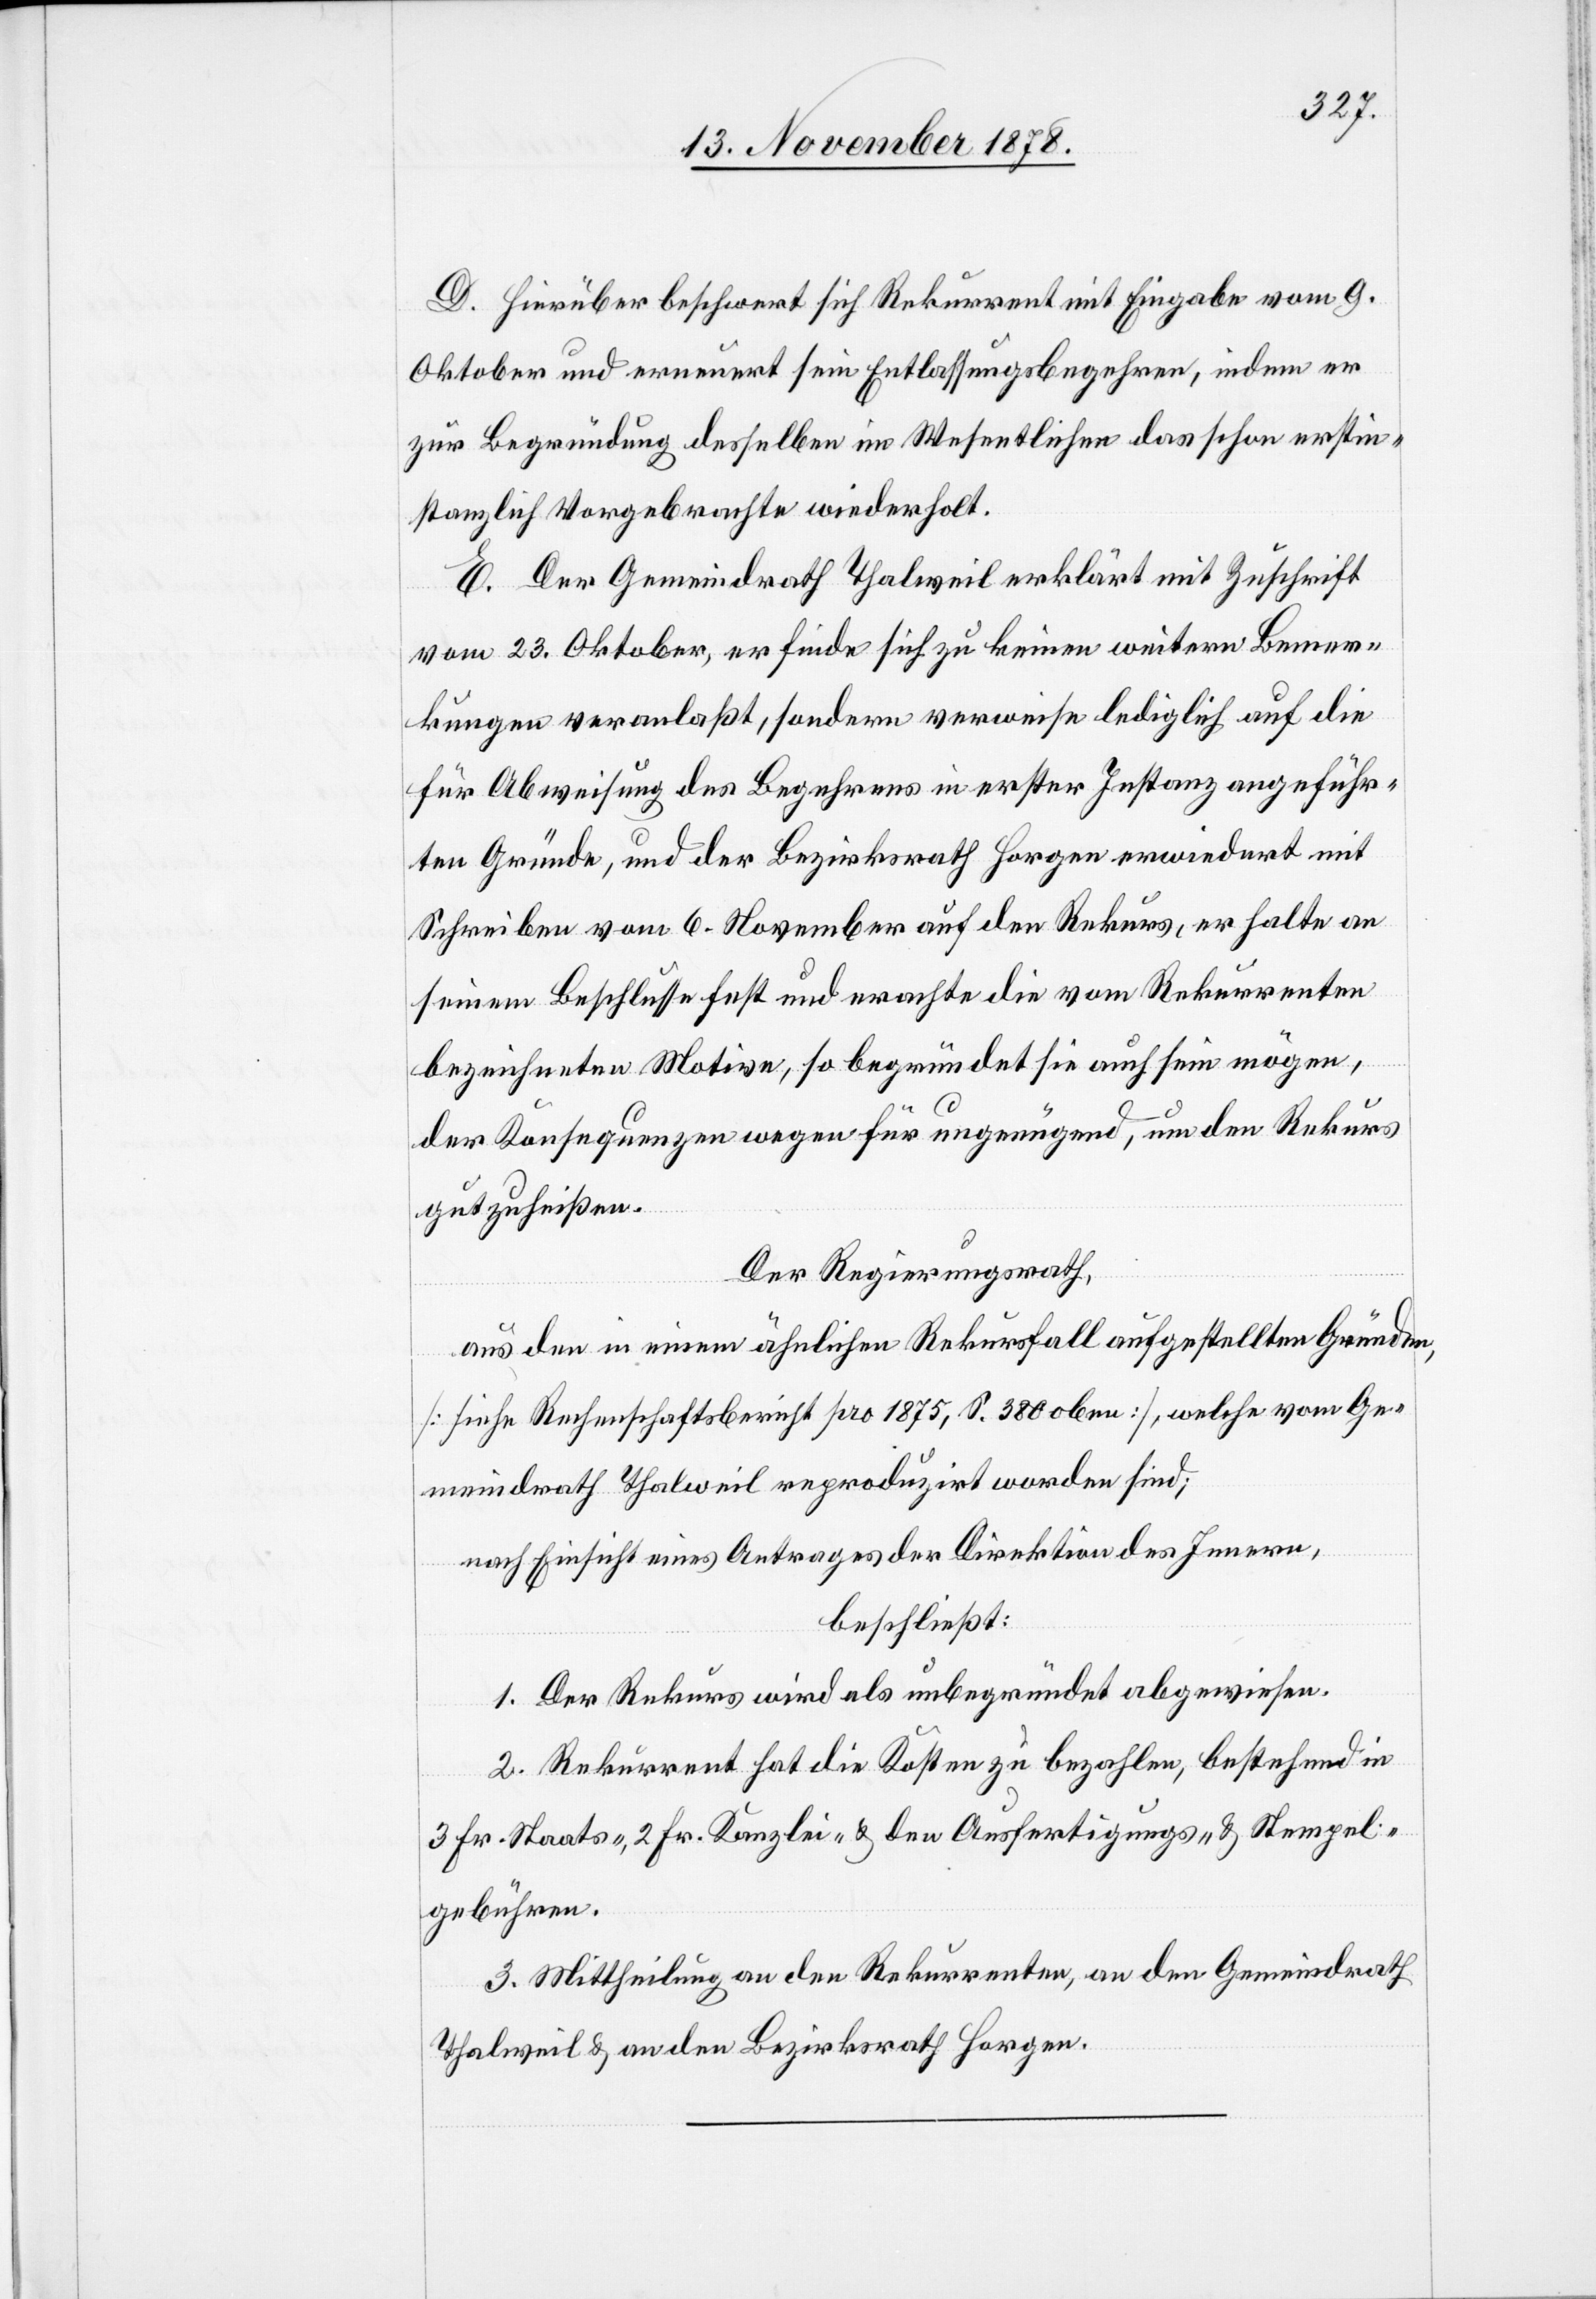
D. Hierüber beschwert sich Rekurrent mit Eingabe vom 9.
Oktober und erneuert sein Entlassungsbegehren, indem er
zur Begründung desselben im Wesentlichen das schon erstin¬
stanzlich Vorgebrachte wiederholt.
E. Der Gemeindrath Thalweil erklärt mit Zuschrift
vom 23. Oktober, er finde sich zu keinen weitern Bemer¬
kungen veranlaßt, sondern verweise lediglich auf die
für Abweisung des Begehrens in erster Instanz angeführ¬
ten Gründe, und der Bezirksrath Horgen erwiedert mit
Schreiben vom 6. November auf den Rekurs, er halte an
seinem Beschlusse fest und erachte die vom Rekurrenten
bezeichneten Motive, so begründet sie auch sein mögen,
der Konseqeunzen wegen für ungenügend, um den Rekurs
gutzuheißen.
Der Regierungsrath,
aus den in einem ähnlichen Rekursfall aufgestellten Gründen,
[siehe Rechenschaftsbericht pro 1875, S. 380 oben], welche vom Ge¬
meindrath Thalweil reproduzirt worden sind;
nach Einsicht eines Antrages der Direktion des Innern,
beschließt:
1. Der Rekurs wird als unbegründet abgewiesen.
2. Rekurrent hat die Kosten zu bezahlen, bestehend in
3 Fr. Staats-, 2 Fr. Kanzlei- & den Ausfertigungs- und Stempel¬
gebühren.
3. Mittheilung an den Rekurrenten, an den Gemeindrath
Thalweil & an den Bezirksrath Horgen.